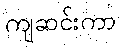
ကျဆင်းကာ